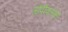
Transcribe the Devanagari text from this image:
ज़ोपीक्लोने